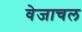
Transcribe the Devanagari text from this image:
वेजाचल